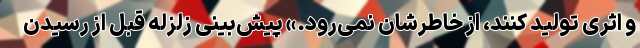
و اثری تولید کنند، از خاطرشان نمی‌رود.» پیش‌بینی زلزله قبل از رسیدن